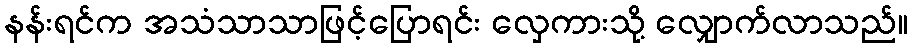
နန်းရင်က အသံသာသာဖြင့်ပြောရင်း လှေကားသို့ လျှောက်လာသည်။